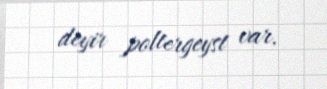
deyir poltergeyst var.